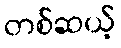
တစ်ဆယ့်